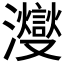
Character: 𪸂